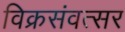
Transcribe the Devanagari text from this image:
विक्रसंवत्सर